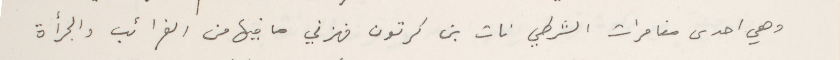
وهي احدى مغامرات الشرطي نات بن كرتون فهزني ما فيها من الغرائب والجرأة